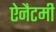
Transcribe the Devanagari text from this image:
ऐनैटमी